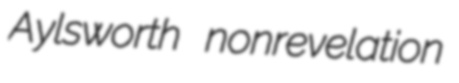
Aylsworth nonrevelation